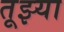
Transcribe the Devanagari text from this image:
तूझ्या